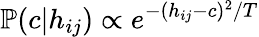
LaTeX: \mathbb P(c|h_{ij})\propto e^{-(h_{ij}-c)^{2}/T}